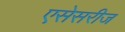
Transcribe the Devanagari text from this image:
एसेसरीज